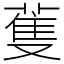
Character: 蒦